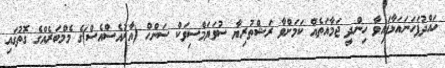
ހައްދުފަހަނައަޅާފައިވާ ހިންދީ ޖަމާއަތެއް ކަމަށްވާ ރަޝްތުރިޔާ ސުވަޔަމްސިވަކް ސަންހް (އާރުއެސްއެސް)ގެ މެމްބަރެއްގެ ގޮތުގައި